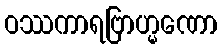
ဝဿကာရဗြာဟ္မဏော